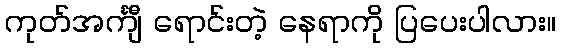
ကုတ်အင်္ကျီ ရောင်းတဲ့ နေရာကို ပြပေးပါလား။